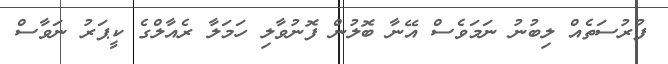
ފުރުސަތެއް ލިބުނު ނަމަވެސް އޭނާ ބޮލުން ފޮނުވާލި ހަމަލާ ރެއާލްގެ ކީޕަރު ނަވާސް